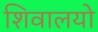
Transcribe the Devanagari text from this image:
शिवालयो